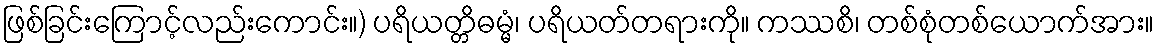
ဖြစ်ခြင်းကြောင့်လည်းကောင်း။) ပရိယတ္တိဓမ္မံ၊ ပရိယတ်တရားကို။ ကဿစိ၊ တစ်စုံတစ်ယောက်အား။